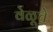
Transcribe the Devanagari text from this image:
वेळूचे